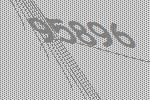
95896